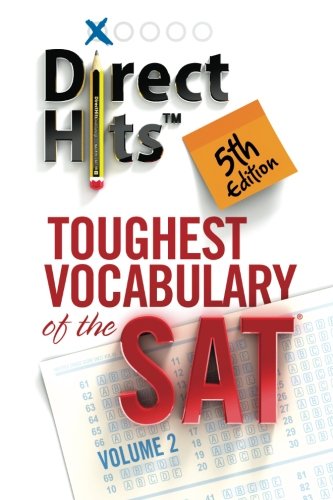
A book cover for Direct Hits Toughest Vocabulary of the SAT 5th Edition (Volume 2); Direct Hits; Test Preparation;